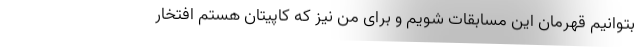
بتوانیم قهرمان این مسابقات شویم و برای من نیز که کاپیتان هستم افتخار